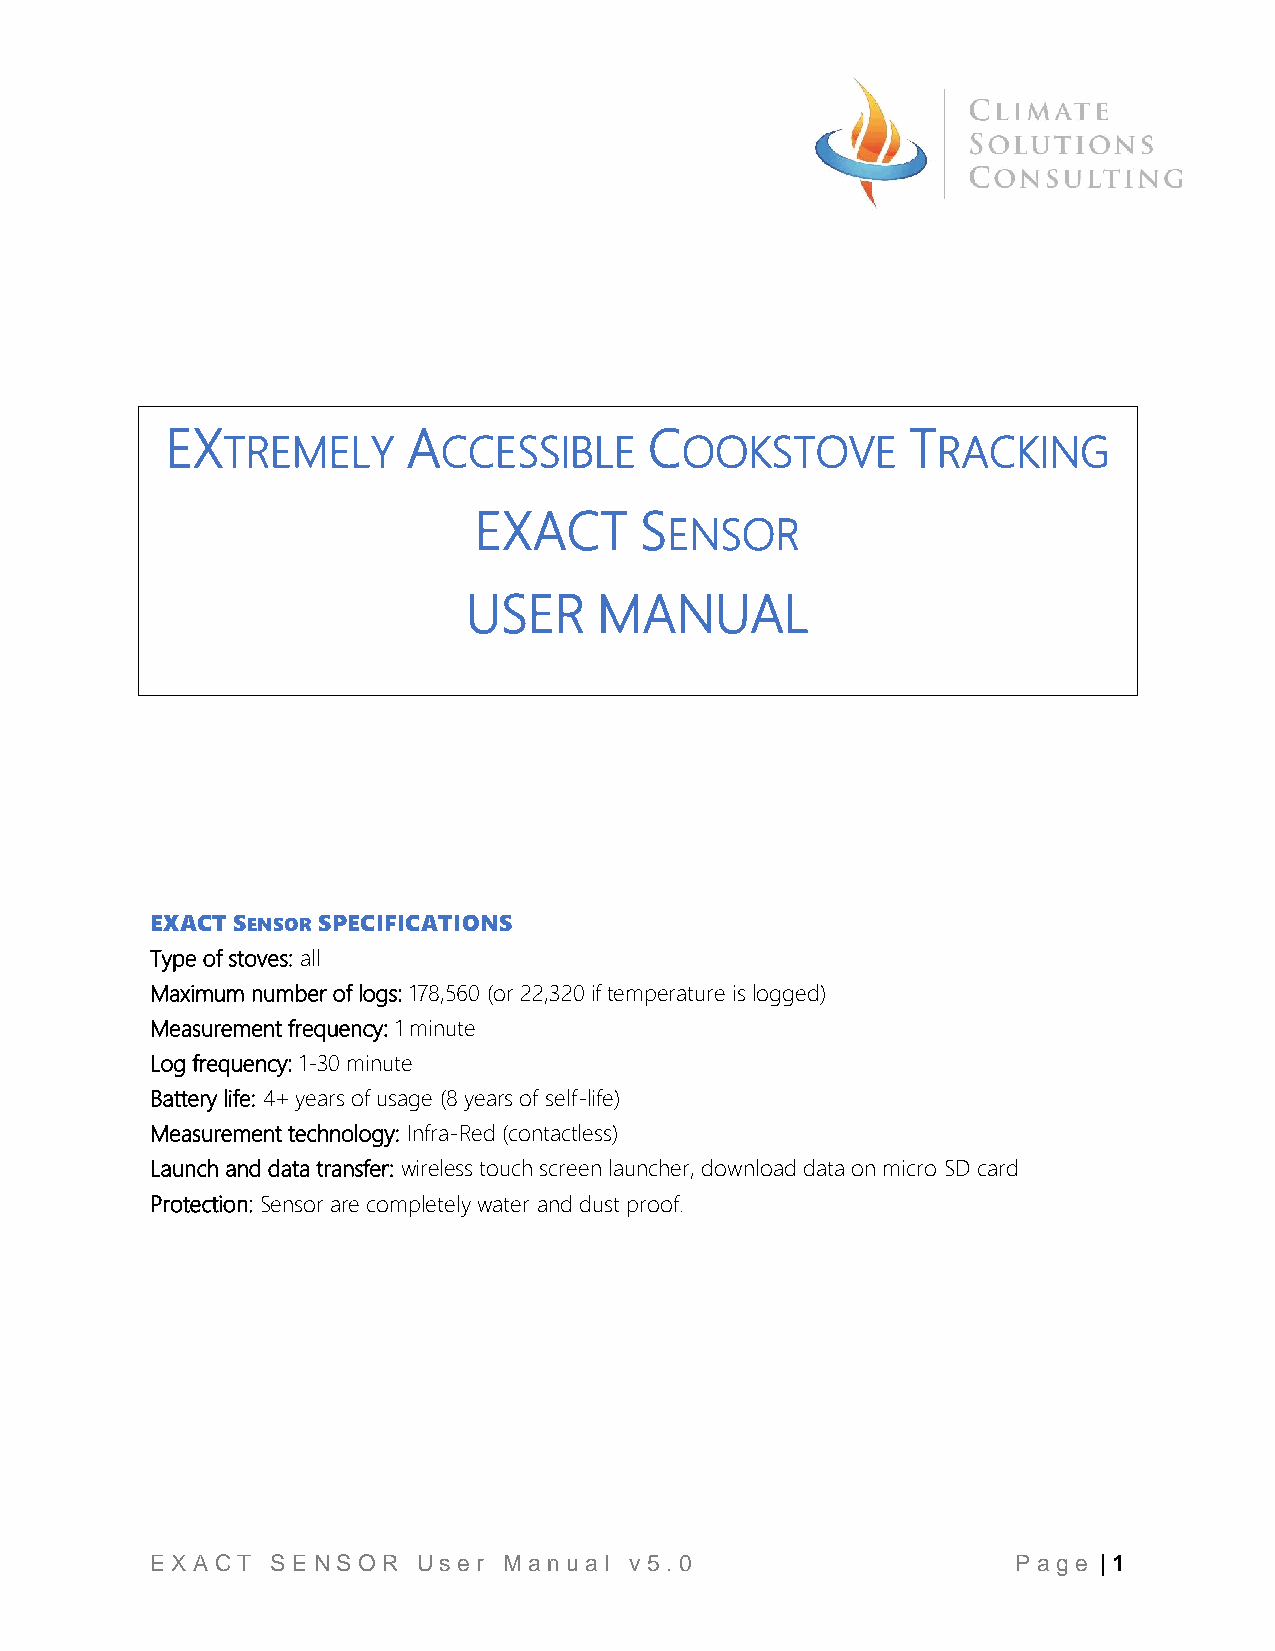
EX              A               C                T
 TREMELY       CCESSIBLE       OOKSTOVE         RACKING
 EXACT      S
 ENSOR
 USER     MANUAL
 EXACT SENSOR SPECIFICATIONS
 Type of stoves: all
 Maximum number of logs: 178,560 (or 22,320 if temperature is logged)
 Measurement frequency: 1 minute
 Log frequency: 1-30 minute
 Battery life: 4+ years of usage (8 years of self-life)
 Measurement technology: Infra-Red (contactless)
 Launch and data transfer: wireless touch screen launcher, download data on micro SD card
 Protection: Sensor are completely water and dust proof.
 E X A CT S E NS O R Us e r M a nu a l v 5 .0             P a ge | 1